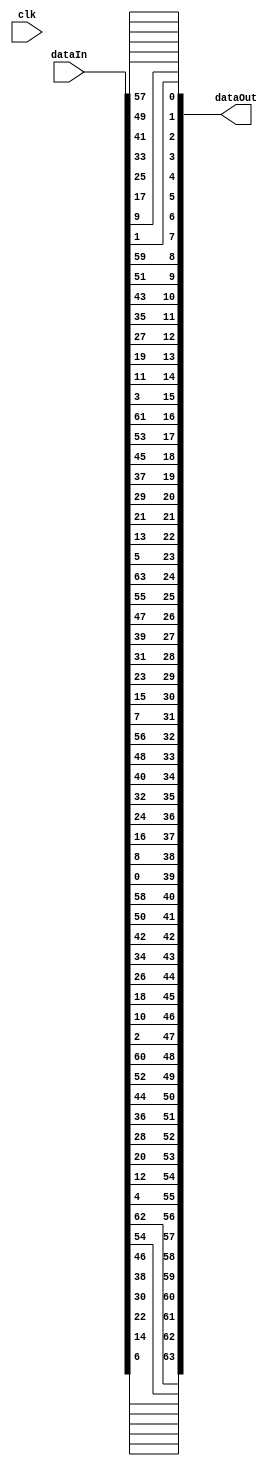
`timescale 1ns / 1ps
//////////////////////////////////////////////////////////////////////////////////
// Company: 
// Engineer: 
// 
// Design Name: 
// Module Name: initial_permutation
// Project Name: 
// Target Devices: 
// Tool Versions: 
// Description: 
// 
// Dependencies: 
// 
// Revision:
// Revision 0.01 - File Created
// Additional Comments:
// 
//////////////////////////////////////////////////////////////////////////////////


module initial_permutation(clk, dataIn, dataOut);
parameter MAXBITS = 64;
input clk;
input [MAXBITS - 1 : 0] dataIn;
output reg [MAXBITS - 1 : 0] dataOut;

function [MAXBITS - 1 : 0] permutation;
    input [MAXBITS - 1 : 0] data;
    //reg [MAXBITS - 1: 0] perm_data;
    integer permutation_table[MAXBITS - 1 : 0];
    integer i;
    begin
        // permutation based on perm table -> see  https://academic.csuohio.edu/yuc/security/Chapter_06_Data_Encription_Standard.pdf
        permutation_table[0] = 57;
        permutation_table[1] = 49;
        permutation_table[2] = 41;
        permutation_table[3] = 33;
        permutation_table[4] = 25;
        permutation_table[5] = 17;
        permutation_table[6] = 9;
        permutation_table[7] = 1;
        permutation_table[8] = 59;
        permutation_table[9] = 51;
        permutation_table[10] = 43;
        permutation_table[11] = 35;
        permutation_table[12] = 27;
        permutation_table[13] = 19;
        permutation_table[14] = 11;
        permutation_table[15] = 3;
        permutation_table[16] = 61;
        permutation_table[17] = 53;
        permutation_table[18] = 45;
        permutation_table[19] = 37;
        permutation_table[20] = 29;
        permutation_table[21] = 21;
        permutation_table[22] = 13;
        permutation_table[23] = 5;
        permutation_table[24] = 63;
        permutation_table[25] = 55;
        permutation_table[26] = 47;
        permutation_table[27] = 39;
        permutation_table[28] = 31;
        permutation_table[29] = 23;
        permutation_table[30] = 15;
        permutation_table[31] = 7;
        permutation_table[32] = 56;
        permutation_table[33] = 48;
        permutation_table[34] = 40;
        permutation_table[35] = 32;
        permutation_table[36] = 24;
        permutation_table[37] = 16;
        permutation_table[38] = 8;
        permutation_table[39] = 0;
        permutation_table[40] = 58;
        permutation_table[41] = 50;
        permutation_table[42] = 42;
        permutation_table[43] = 34;
        permutation_table[44] = 26;
        permutation_table[45] = 18;
        permutation_table[46] = 10;
        permutation_table[47] = 2;
        permutation_table[48] = 60;
        permutation_table[49] = 52;
        permutation_table[50] = 44;
        permutation_table[51] = 36;
        permutation_table[52] = 28;
        permutation_table[53] = 20;
        permutation_table[54] = 12;
        permutation_table[55] = 4;
        permutation_table[56] = 62;
        permutation_table[57] = 54;
        permutation_table[58] = 46;
        permutation_table[59] = 38;
        permutation_table[60] = 30;
        permutation_table[61] = 22;
        permutation_table[62] = 14;
        permutation_table[63] = 6;
        
        // permutation based on perm table
        for(i=0; i < MAXBITS; i = i+1)
            permutation[i] = data[permutation_table[i]];
    end
endfunction 

always @ (clk, dataIn)
    dataOut = permutation(dataIn);
endmodule